Vaccination North-Western Provinces and Oudh 1878-1895 - 1878-1895
Year: 1878
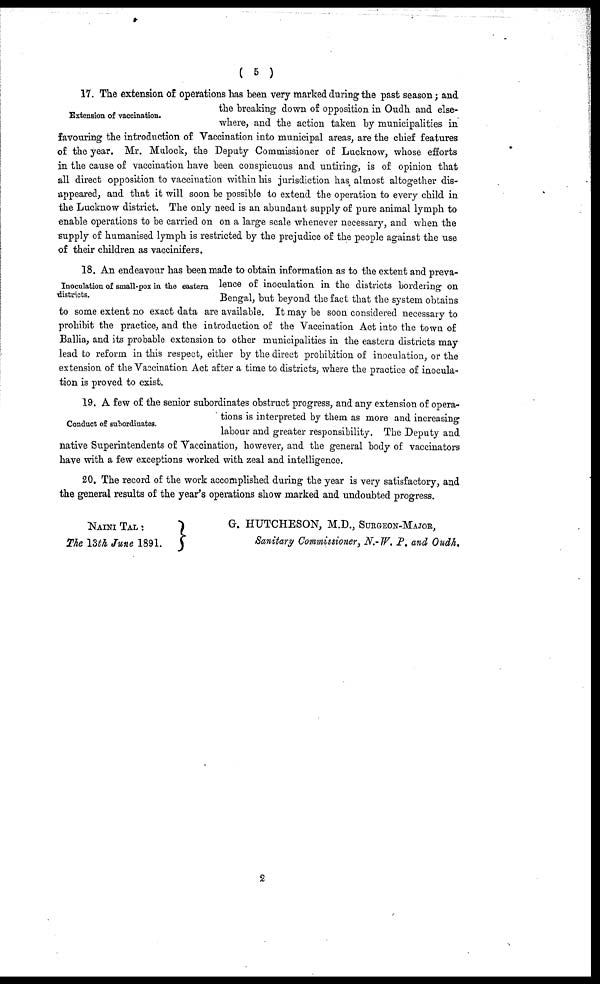
( 5 )
Extension of vaccination.
17. The extension of operations has been very marked during the past season; and
the breaking down of opposition in Oudh and else-
where, and the action taken by municipalities in
favouring the introduction of Vaccination into municipal areas, are the chief features
of the year. Mr. Mulock, the Deputy Commissioner of Lucknow, whose efforts
in the cause of vaccination have been conspicuous and untiring, is of opinion that
all direct opposition to vaccination within his jurisdiction has almost altogether dis-
appeared, and that it will soon be possible to extend the operation to every child in
the Lucknow district. The only need is an abundant supply of pure animal lymph to
enable operations to be carried on on a large scale whenever necessary, and when the
supply of humanised lymph is restricted by the prejudice of the people against the use
of their children as vaccinifers.
Inoculation of small-pox in the eastern
districts.
18. An endeavour has been made to obtain information as to the extent and preva-
lence of inoculation in the districts bordering on
Bengal, but beyond the fact that the system obtains
to some extent no exact data are available. It may be soon considered necessary to
prohibit the practice, and the introduction of the Vaccination Act into the town of
Ballia, and its probable extension to other municipalities in the eastern districts may
lead to reform in this respect, either by the direct prohibition of inoculation, or the
extension of the Vaccination Act after a time to districts, where the practice of inocula-
tion is proved to exist.
Conduct of subordinates.
19. A few of the senior subordinates obstruct progress, and any extension of opera-
tions is interpreted by them as more and increasing
labour and greater responsibility. The Deputy and
native Superintendents of Vaccination, however, and the general body of vaccinators
have with a few exceptions worked with zeal and intelligence.
20. The record of the work accomplished during the year is very satisfactory, and
the general results of the year's operations show marked and undoubted progress.
NAINI TAL :
The 13th June 1891.
G. HUTCHESON, M.D., SURGEON-MAJOR,
Sanitary Commissioner, N.-W. P. and Oudh.
2